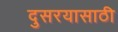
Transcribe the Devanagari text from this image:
दुसरयासाठी